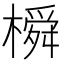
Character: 橓